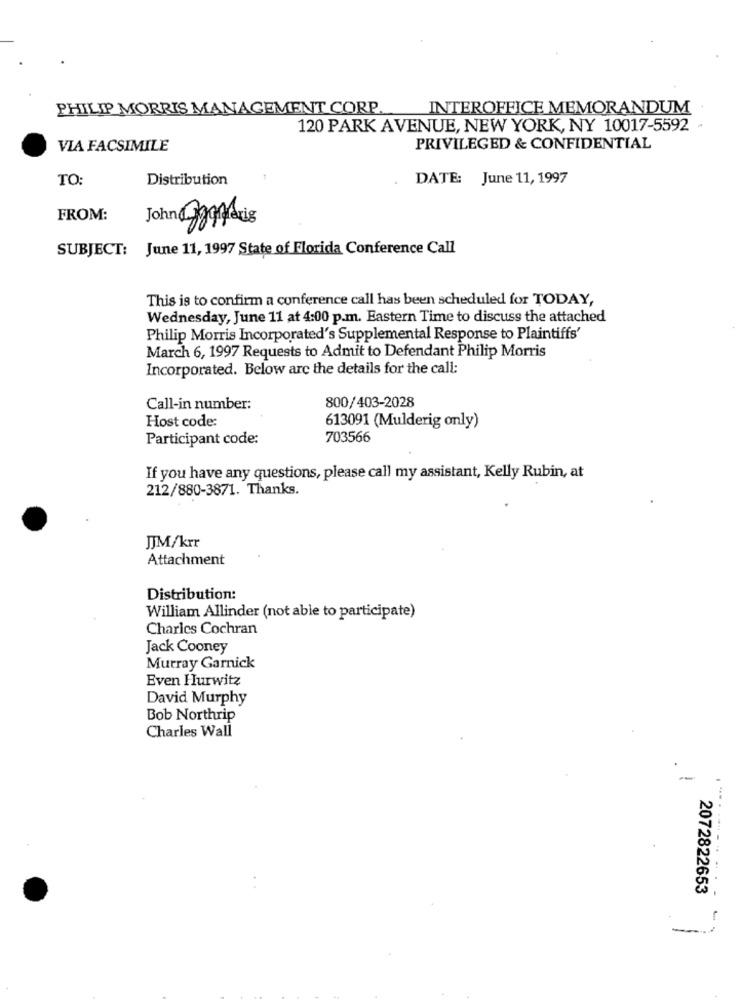
PHILIP MORRIS MANAGEMENT CORP.
INTEROFFICE MEMORANDUM
120 PARK AVENUE, NEW YORK, NY 10017-5592
VIA FACSIMILE
PRIVILEGED & CONFIDENTIAL
TO:
Distribution
DATE: June 11, 1997
FROM:
John Danndie
SUBJECT: June 11, 1997 State of Florida Conference Call
This is to confirm a conference call has been scheduled for TODAY,
Wednesday, June 11 at 4:00 p.m. Eastern Time to discuss the attached
Philip Morris Incorporated's Supplemental Response to Plaintiffs'
March 6, 1997 Requests to Admit to Defendant Philip Morris
Incorporated. Below are the details for the call:
Call-in number:
800/403-2028
Host code:
613091 (Mulderig only)
Participant code:
703566
If you have any questions, please call my assistant, Kelly Rubin, at
212/880-3871. Thanks.
JJM/krr
Attachment
Distribution:
William Allinder (not able to participate)
Charles Cochran
Jack Cooney
Murray Garnick
Even Hurwitz
David Murphy
Bob Northrip
Charles Wall
---
2072822653